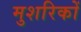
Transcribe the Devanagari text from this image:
मुशरिकों